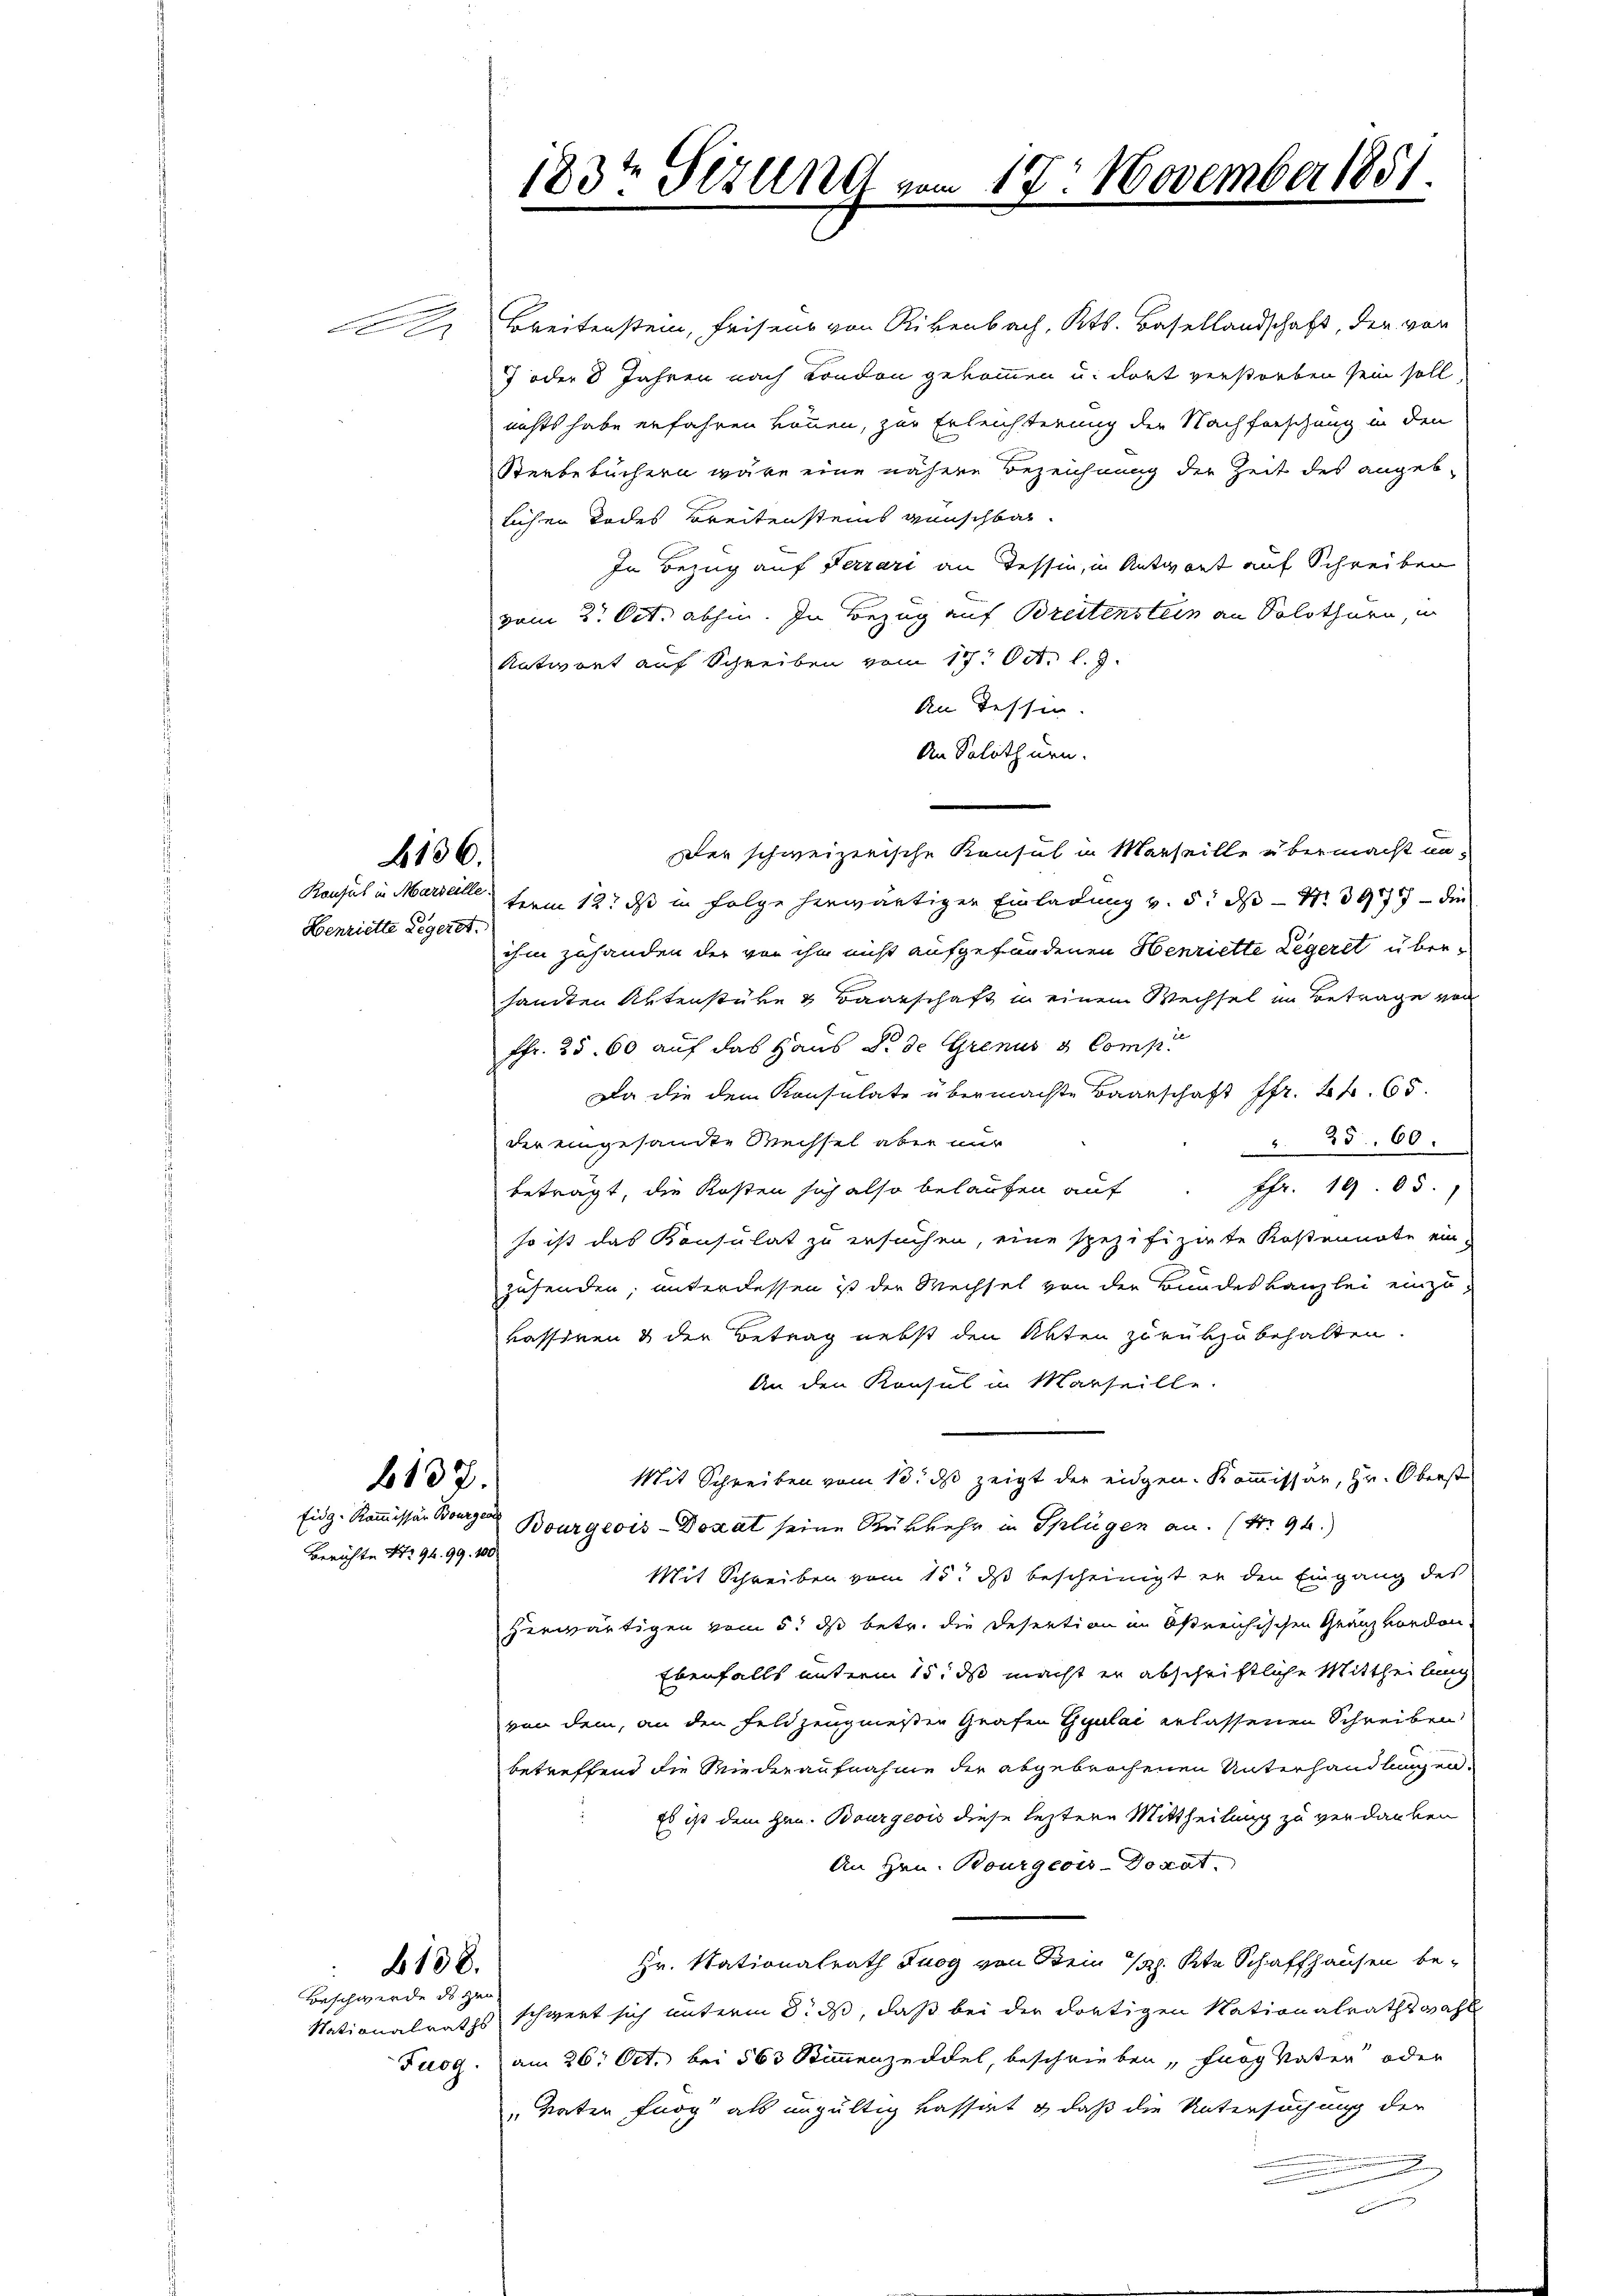
Der

136.

Benriette Legeret.

b137.

Berichte Nr. 94. 99. 100

138.

Beschwerde des zur

Breitenstein, feisens von Rikenbach, Kts. Basellandschaft, der von
7 oder 8 Jahren nach London gekommen u. dort verstorben sein soll,
nichts habe erfahren können, zur Erleichterung der Nachforschung in den
Sterbebüchern wäre eine nähere Bezeichnung der Zeit des angeb
lichen Todes Breitensteins wünschbar.
In Bezug auf Terrari an Tessin, in Antwort auf Schreiben
vom 2. Oct. abhin. In Bezug auf Breitenstein an Solothurn, in
Antwort auf Schreiben vom 17. Oct. l. J.
An Tessin.
An Solothurn.
Konsul in Marielle ferm 12t ds in Folge herwärtigen Einladung v. 5. ds Nr. 397 — die
ihm zuhanden der von ihn nicht aufgefundenen Henriette Legeret übersamten Aktenstüke & Baarschaft in einem Wechsel im Betrage von
Ffr. 25. 60 auf das Haus d. de Grenus & Comp.
Da die dem Konsulate übermachte Baarschaft fr. 2 f. 65.
der eingesandte Wechsel aber nur
2560.
Fr. 1905.
beträgt, die Kosten sich also belaufen auf
so ist das Konsulat zu ersuchen, eine spezifizirte Kostennote ein-
zusenden, unterdessen ist der Wechsel von der Bundeskanzlei einzu-
kassiren & der Betrag nebst den Akten zurükzubehalten
An den Konsul in Marseille
Mit Schreiben vom 10. ds zeigt der eidgen. Kommissär, Hr. Oberst
Eidg. Kommissär Bourg Bourgeois-Dozat seine Rükkehr in Splügen an. (Nr. 94.)
Mit Schreiben vom 15. ds bescheinigt in den Eingang des
herwärtigen vom 5. ds betr. die Desention im Ostreichischen Granz vorden
Ebenfalls unterm 15. ds macht er abschriftliche Mittheilung
von dem, an den Feldzeugneßen Grafen Gyulai erlassenen Schreiben
betreffend die Wiederaufnahme der abgebrochenen Unterhandlungen.
Es ist dem Hrn. Bourgeois diese leztere Mittheilung zu verdanken
An Hrn. Bourgeois-Vorat.
Hr. Nationalrath Tuog von Dein K. Kt. Schaffhausen be-
Nationalraths schwert sich unterm 8. ds, daß bei der dortigen Nationalrathswahl
Fuog. am 26. Oct. bei 563 Stimmenzeddel, beschrieben, fang Vater oder
Vater fung als ungültig kassati, daß die Untersuchung der
a

183t Sizung vom 17. November 1881
2

Der schweizerische Konsul in Marseille übermacht un¬

c